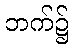
ဘက်၌